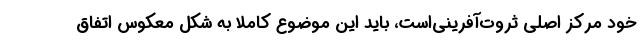
خود مرکز اصلی ثروت‌آفرینی‌است، باید این موضوع کاملا به شکل معکوس اتفاق